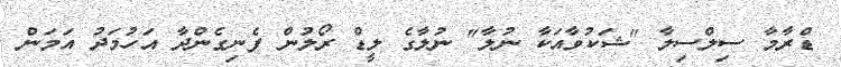
ޑްރާމާ ސިލްސިލާ "ޝަކުވާއަކާ ނުލާ" ނުލާގެ ލީޑް ރޯލުން ފެނިގެންދާ އަހުމަދު އަމަން